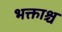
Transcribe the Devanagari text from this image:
भक्ताश्च